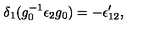
\delta _ { 1 } ( g _ { 0 } ^ { - 1 } \epsilon _ { 2 } g _ { 0 } ) = - \epsilon _ { 1 2 } ^ { \prime } ,